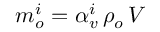
m _ { o } ^ { i } = \alpha _ { v } ^ { i } \, \rho _ { o } \, V